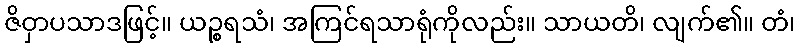
ဇိဝှာပသာဒဖြင့်။ ယဉ္စရသံ၊ အကြင်ရသာရုံကိုလည်း။ သာယတိ၊ လျက်၏။ တံ၊